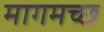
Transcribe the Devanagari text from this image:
मागमच्छ